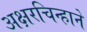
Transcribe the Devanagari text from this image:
अक्षरचिन्हाने